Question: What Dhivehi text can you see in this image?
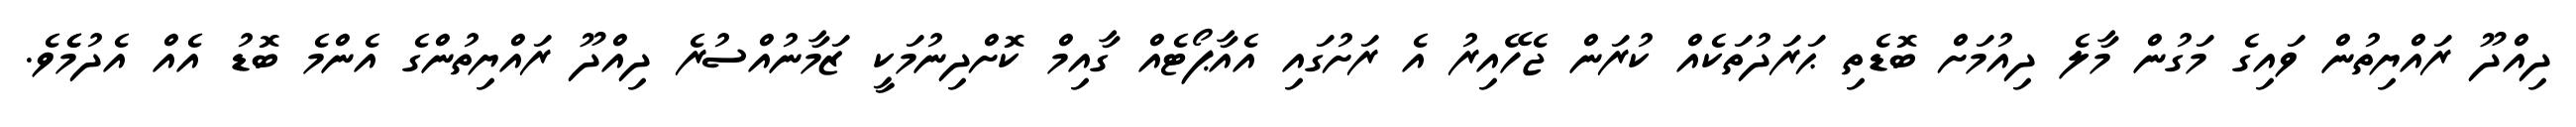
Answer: ދިއްދޫ ރައްޔިތުން ވައިގެ މަގުން މާލެ ދިއުމަށް ބޮޑެތި ޙަރަދުތަކެއް ކުރަން ޖެހޭއިރު އެ ރަށުގައި އެއާޕޯޓެއް ގާއިމް ކޮށްދިނުމަކީ ޒަމާނުއްސުރެ ދިއްދޫ ރައްޔިތުންގެ އެންމެ ބޮޑު އެއް އެދުމެެވެ.